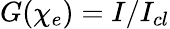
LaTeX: G(\chi_{e})=I/I_{cl}